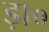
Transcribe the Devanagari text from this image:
ड़ा०